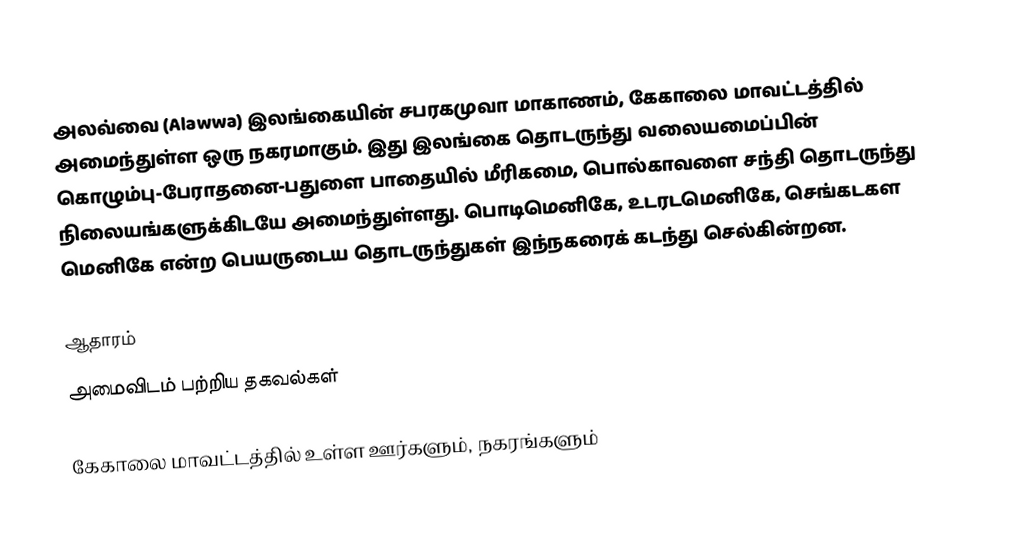
அலவ்வை (Alawwa) இலங்கையின்  சபரகமுவா மாகாணம், கேகாலை மாவட்டத்தில் அமைந்துள்ள ஒரு நகரமாகும். இது இலங்கை தொடருந்து வலையமைப்பின் கொழும்பு-பேராதனை-பதுளை பாதையில் மீரிகமை, பொல்காவளை சந்தி தொடருந்து நிலையங்களுக்கிடயே அமைந்துள்ளது. பொடிமெனிகே,   உடரடமெனிகே, செங்கடகள மெனிகே என்ற பெயருடைய தொடருந்துகள் இந்நகரைக் கடந்து செல்கின்றன.

ஆதாரம்
அமைவிடம் பற்றிய தகவல்கள்

கேகாலை மாவட்டத்தில் உள்ள ஊர்களும், நகரங்களும்